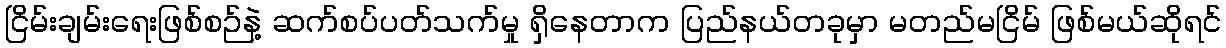
ငြိမ်းချမ်းရေးဖြစ်စဉ်နဲ့ ဆက်စပ်ပတ်သက်မှု ရှိနေတာက ပြည်နယ်တခုမှာ မတည်မငြိမ် ဖြစ်မယ်ဆိုရင်